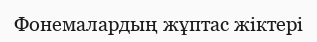
Фонемалардың жұптас жіктері